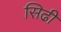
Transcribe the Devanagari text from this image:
सिढी